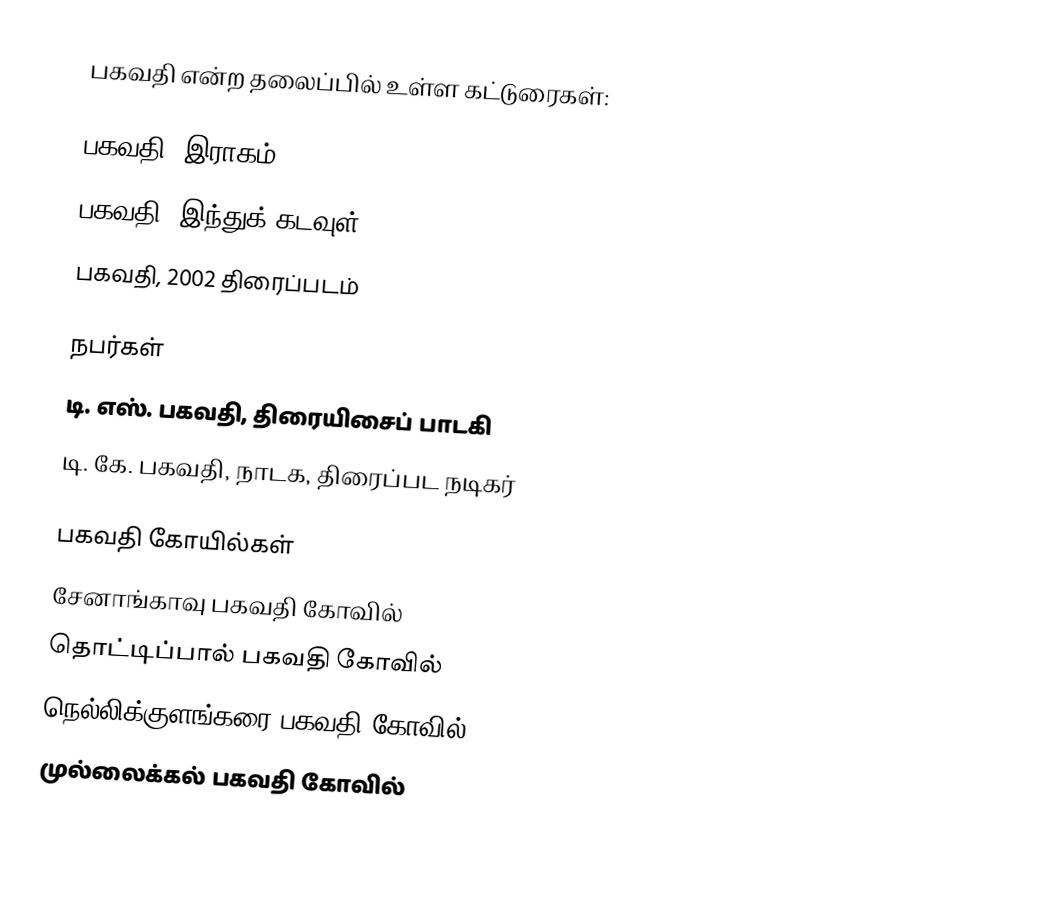
பகவதி என்ற தலைப்பில் உள்ள கட்டுரைகள்:

பகவதி, இராகம்
பகவதி, இந்துக் கடவுள்
பகவதி, 2002 திரைப்படம்

நபர்கள்
டி. எஸ். பகவதி, திரையிசைப் பாடகி
டி. கே. பகவதி, நாடக, திரைப்பட நடிகர்

பகவதி கோயில்கள்
சேனாங்காவு பகவதி கோவில்
தொட்டிப்பால் பகவதி கோவில்
நெல்லிக்குளங்கரை பகவதி கோவில்
முல்லைக்கல் பகவதி கோவில்